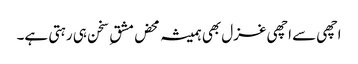
اچھی سے اچھی غزل بھی ہمیشہ محض مشق ِ سخن ہی رہتی ہے۔